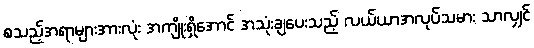
စသည့်အရာများအားလုံး အကျိုးရှိအောင် အသုံးချပေးသည့် လယ်ယာအလုပ်သမား သာလျှင်